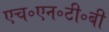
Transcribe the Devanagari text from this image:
एच॰एन॰टी॰बी